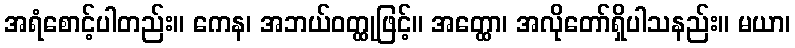
အရံစောင့်ပါတည်း။ ကေန၊ အဘယ်ဝတ္ထုဖြင့်။ အတ္ထော၊ အလိုတော်ရှိပါသနည်း။ မယာ၊